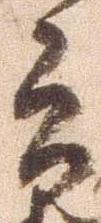
郎